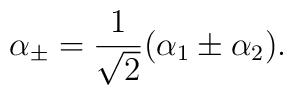
\alpha_{\pm} = {1\over \sqrt2}(\alpha_1 \pm \alpha_2).